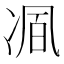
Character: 𭂒